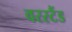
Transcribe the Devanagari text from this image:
वरस्टैंड